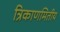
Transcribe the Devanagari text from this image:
त्रिकाणमितीय